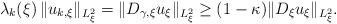
LaTeX: \begin{align*}\lambda_{k}(\xi)\,\Vert u_{k,\xi}\|_{L^2_\xi}=\|D_{\gamma,\xi}u_\xi\|_{L^2_\xi}\geq (1-\kappa)\|D_{\xi}u_\xi\|_{L^2_\xi}.\end{align*}